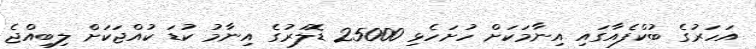
އަހަރުގެ ބުކްފެއާގައި އިނާމަކަށް ހުށަހެޅި 25000 ޑޮލަރުގެ އިނާމު ކުޑަ ކުއްޖަކަށް ލިބިއްޖެ